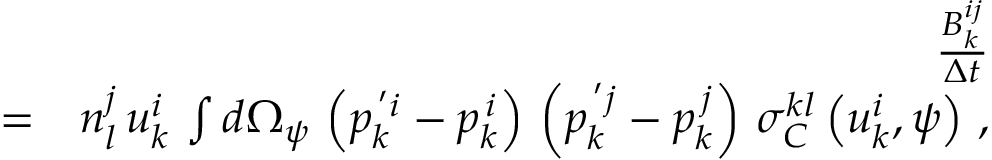
\begin{array} { r l r } & { } & { \frac { B _ { k } ^ { i j } } { \Delta t } } \\ & { = } & { n _ { l } ^ { j } \, u _ { k } ^ { i } \, \int d \Omega _ { \psi } \, \left( p _ { k } ^ { \, ^ { \prime } i } - p _ { k } ^ { \, i } \right) \, \left( p _ { k } ^ { \, ^ { \prime } j } - p _ { k } ^ { \, j } \right) \, \sigma _ { C } ^ { k l } \left( u _ { k } ^ { i } , \psi \right) \, , } \end{array}